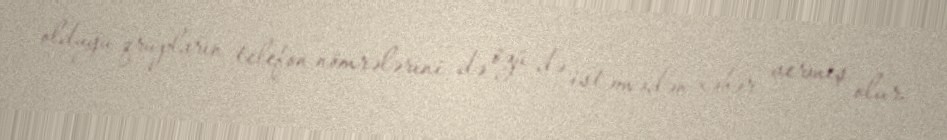
olduğu qrupların telefon nömrələrini də özü də istəmədən xəbər vermiş olur.